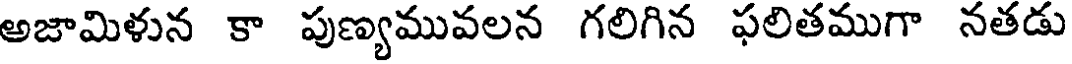
అజామిళున కా పుణ్యమువలన గలిగిన ఫలితముగా నతడు